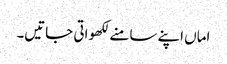
اماں اپنے سامنے لکھواتی جاتیں۔